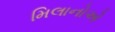
મિલાનોએ